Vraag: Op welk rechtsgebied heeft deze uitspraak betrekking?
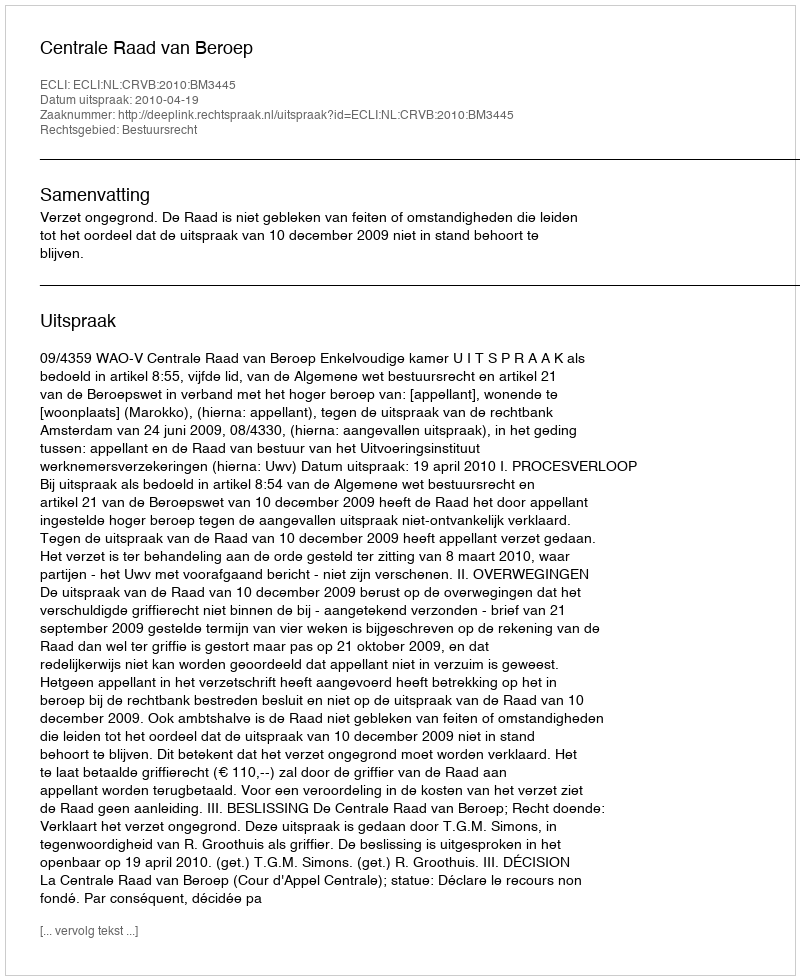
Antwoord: Bestuursrecht